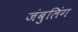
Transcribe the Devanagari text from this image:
जंबुलिंग